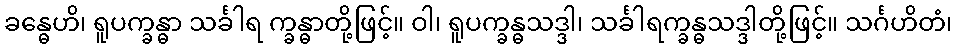
ခန္ဓေဟိ၊ ရူပက္ခန္ဓာ သင်္ခါရ က္ခန္ဓာတို့ဖြင့်။ ဝါ၊ ရူပက္ခန္ဓသဒ္ဒါ၊ သင်္ခါရက္ခန္ဓသဒ္ဒါတို့ဖြင့်။ သင်္ဂဟိတံ၊